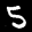
Label: 5